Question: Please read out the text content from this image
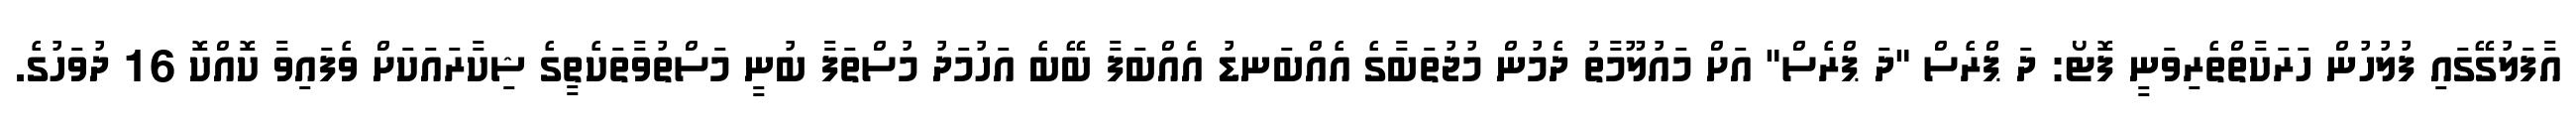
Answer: އާފަލުގޭގައި ފުލުހުން ހަރަކާތްތެރިވަނީ ފޮޓޯ: ދަ ޕްރެސް "ދަ ޕްރެސް" އަށް މައުލޫމާތު ދެމުން މުޖުތަބާގެ އެއްބަނޑު އެއްބަފާ ބޭބެ އަހުމަދު މުސްތަފާ ބުނީ މަސްތުވާތަކެތީގެ ޝިކާރައަކަށް ވެފައިވާ ކޮއްކޮ 16 ދުވަހުގެ.